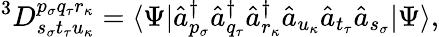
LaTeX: ^3D_{s_{\sigma}t_{\tau}u_{\kappa}}^{p_{\sigma}q_{\tau}r_{\kappa}}=\langle\Psi|\hat{a}_{p_{\sigma}}^{\dagger}\hat{a}_{q_{\tau}}^{\dagger}\hat{a}_{r_{\kappa}}^{\dagger}\hat{a}_{u_{\kappa}}\hat{a}_{t_{\tau}}\hat{a}_{s_{\sigma}}|\Psi\rangle,